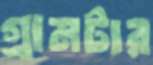
গ্রামটার